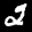
Label: 2